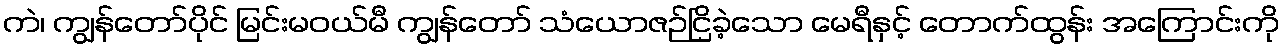
ကဲ၊ ကျွန်တော်ပိုင် မြင်းမဝယ်မီ ကျွန်တော် သံယောဇဉ်ငြိခဲ့သော မေရီနှင့် တောက်ထွန်း အကြောင်းကို